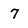
Character: 7